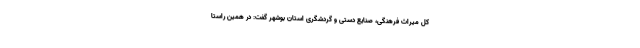
کل میراث فرهنگی، صنایع دستی و گردشگری استان بوشهر گفت: در همین راستا